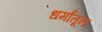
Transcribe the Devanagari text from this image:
धर्मांतून